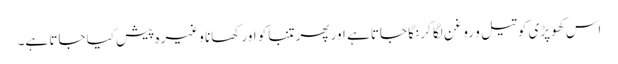
اس کھوپڑی کو تیل و روغن لگا کر نگا جاتا ہے اور پھر تنباکو اور کھانا وغیرہ پیش کیا جاتا ہے۔